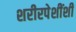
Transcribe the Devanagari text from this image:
शरीरपेशींशी